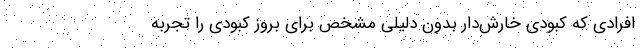
افرادی که کبودی خارش‌دار بدون دلیلی مشخص برای بروز کبودی را تجربه